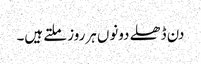
دن ڈھلے دونوں ہرروز ملتے ہیں۔